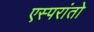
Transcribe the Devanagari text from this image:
एस्परांतो